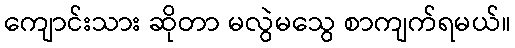
ကျောင်းသား ဆိုတာ မလွဲမသွေ စာကျက်ရမယ်။